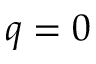
q = 0